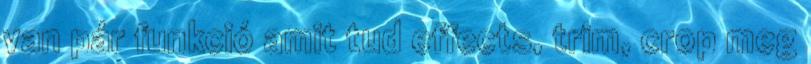
van pár funkció amit tud effects, trim, crop meg